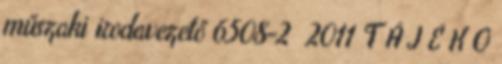
műszaki irodavezető 6508-2 2011 T Á J É K O